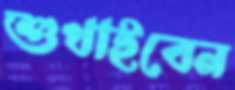
শুখাইবেন